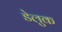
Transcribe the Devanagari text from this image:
डेलुक